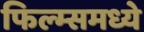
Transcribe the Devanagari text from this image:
फिल्म्समध्ये